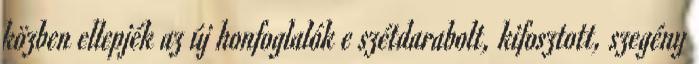
közben ellepjék az új honfoglalók e szétdarabolt, kifosztott, szegény